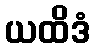
ယထိဒံ